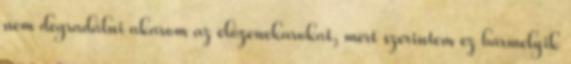
nem degradálni akarom az előzenekarokat, mert szerintem ez bármelyik